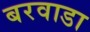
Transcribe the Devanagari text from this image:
बरवाडा